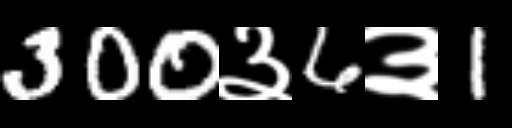
Text: 300३6३1